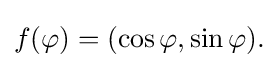
{\textstyle f(\varphi )=(\cos \varphi ,\sin \varphi ).}